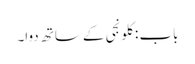
باب : کلونجی کے ساتھ دوا۔